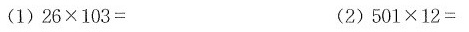
(1)26×103=(2)501×12=